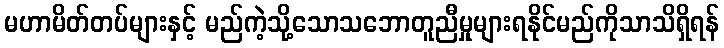
မဟာမိတ်တပ်များနှင့် မည်ကဲ့သို့သောသဘောတူညီမှုများရနိုင်မည်ကိုသာသိရှိရန်